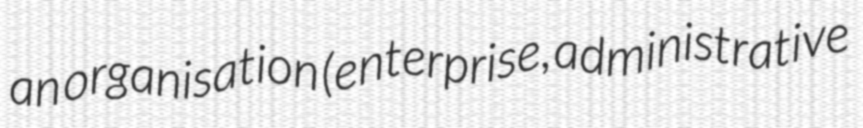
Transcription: an organisation (enterprise, administrative